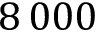
8 \, 0 0 0